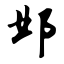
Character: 邺